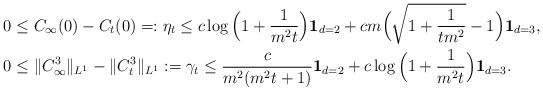
LaTeX: \begin{align*}&0\leq C_\infty(0) - C_t(0) =:\eta_t \leq c\log\Big(1+\frac{1}{m^2t}\Big){\bf 1}_{d=2} + c m\Big(\sqrt{1 + \frac{1}{tm^2}} - 1\Big){\bf 1}_{d=3},\\&0\leq \|C^3_\infty\|_{L^1} - \|C^3_t\|_{L^1} := \gamma_t \leq \frac{c}{m^2(m^2t+1)} {\bf 1}_{d=2} + c\log\Big(1+\frac{1}{m^2t}\Big){\bf 1}_{d=3}.\end{align*}